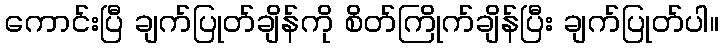
ကောင်းပြီ ချက်ပြုတ်ချိန်ကို စိတ်ကြိုက်ချိန်ပြီး ချက်ပြုတ်ပါ။